Civil Veterinary Department Bihar reports 1936-40 - 1936-1940
Year: 1936
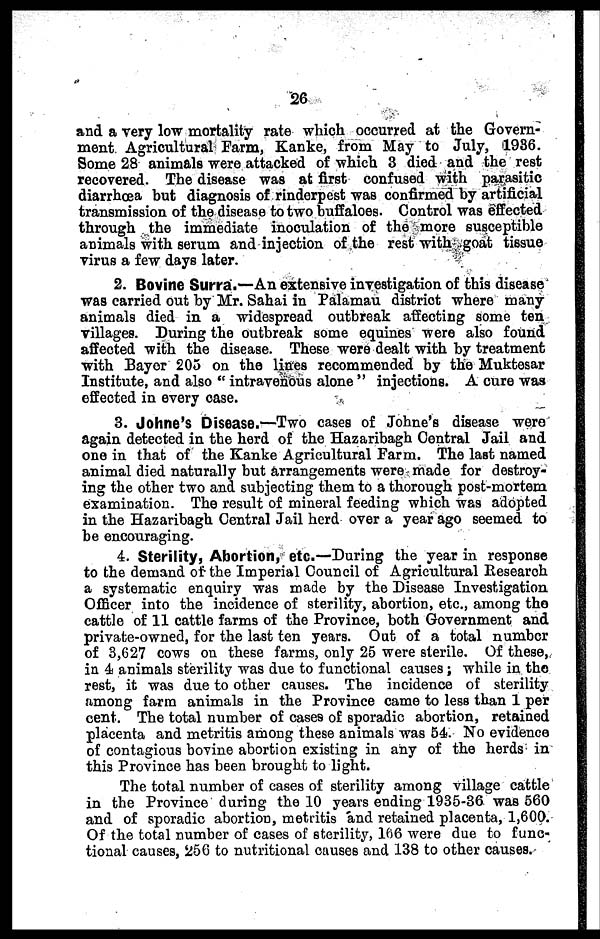
26
and a very low mortality rate which occurred at the Govern-
ment Agricultural Farm, Kanke, from May to July, 1986.
Some 28 animals were attacked of which 3 died and the rest
recovered. The disease was at first confused with parasitic
diarrhoea but diagnosis of rinderpest was confirmed by artificial
transmission of the disease to two buffaloes. Control was effected
through the immediate inoculation of the more susceptible
animals with serum and injection of the rest with goat tissue
virus a few days later.
2. Bovine Surra.—An extensive investigation of this disease
was carried out by Mr. Sahai in Palaman district where many
animals died in a widespread outbreak affecting some ten
villages. During the outbreak some equines were also found
affected with the disease. These were dealt with by treatment
with Bayer 205 on the lines recommended by the Muktesar
Institute, and also "intravenous alone "injections. A cure was
effected in every case.
3. Johne's Disease.—Two cases of Johne's disease were
again detected in the herd of the Hazaribagh Central Jail and
one in that of the Kanke Agricultural Farm. The last named
animal died naturally but arrangements were made for destroy-
ing the other two and subjecting them to a thorough post-mortem
examination. The result of mineral feeding which was adopted
in the Hazaribagh Central Jail herd over a year ago seemed to
be encouraging.
4. Sterility, Abortion, etc.—During the year in response
to the demand of the Imperial Council of Agricultural Research
a systematic enquiry was made by the Disease Investigation
Officer into the incidence of sterility, abortion, etc., among the
cattle of 11 cattle farms of the Province, both Government and
private-owned, for the last ten years. Out of a total number
of 3,627 cows on these farms, only 25 were sterile. Of these,
in 4 animals sterility was due to functional causes; while in the
rest, it was due to other causes. The incidence of sterility
among farm animals in the Province came to less than 1 per
cent. The total number of cases of sporadic abortion, retained
placenta and metritis among these animals was 54. No evidence
of contagious bovine abortion existing in any of the herds in
this Province has been brought to light.
The total number of cases of sterility among village cattle
in the Province during the 10 years ending 1935-36 was 560
and of sporadic abortion, metritis and retained placenta, 1,600.
Of the total number of cases of sterility, 166 were due to func-
tional causes, 256 to nutritional causes and 138 to other causes.